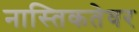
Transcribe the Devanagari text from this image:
नास्तिकतेवर